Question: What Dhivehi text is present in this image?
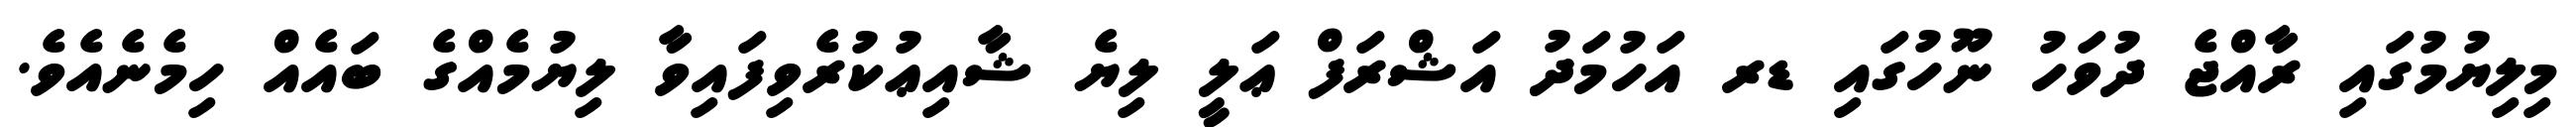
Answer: މިލިޔުމުގައި ރާއްޖެ ދުވަހު ނޫހުގައި ޑރ އަހުމަދު އަޝްރަފް ޢަލީ ލިޔެ ޝާއިޢުކުރެވިފައިވާ ލިޔުމެއްގެ ބައެއް ހިމެނެއެވެ.